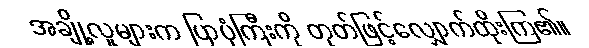
အချို့လူများက ပြာပုံကြီးကို တုတ်ဖြင့်လျှောက်ထိုးကြ၏။